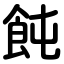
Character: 飩